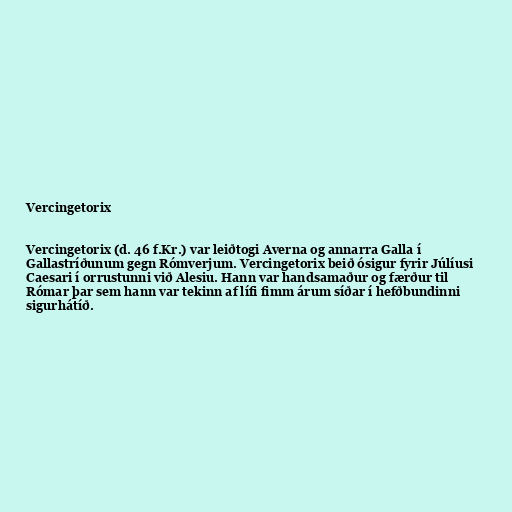
Vercingetorix

Vercingetorix (d. 46 f.Kr.) var leiðtogi Averna og annarra Galla í
Gallastríðunum gegn Rómverjum. Vercingetorix beið ósigur fyrir Júlíusi
Caesari í orrustunni við Alesiu. Hann var handsamaður og færður til
Rómar þar sem hann var tekinn af lífi fimm árum síðar í hefðbundinni
sigurhátíð.